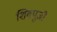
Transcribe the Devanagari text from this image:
शिवपूजी